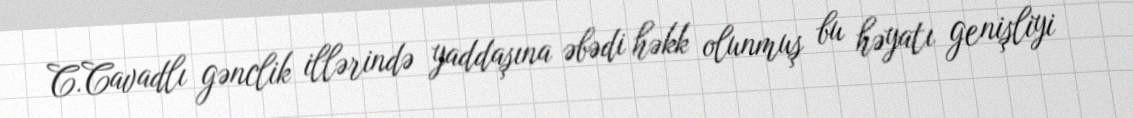
C.Cavadlı gənclik illərində yaddaşına əbədi həkk olunmuş bu həyatı genişliyi